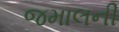
જમાલની